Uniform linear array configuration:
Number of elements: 48
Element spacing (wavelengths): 0.25
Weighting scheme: exponential
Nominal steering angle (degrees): -15
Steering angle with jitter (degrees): -15.761
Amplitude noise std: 0.05
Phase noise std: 0.05

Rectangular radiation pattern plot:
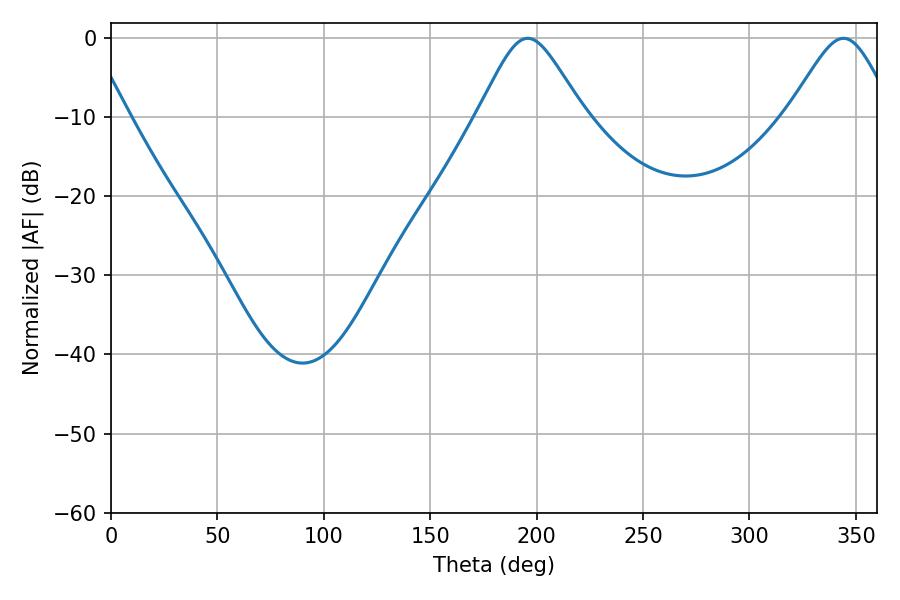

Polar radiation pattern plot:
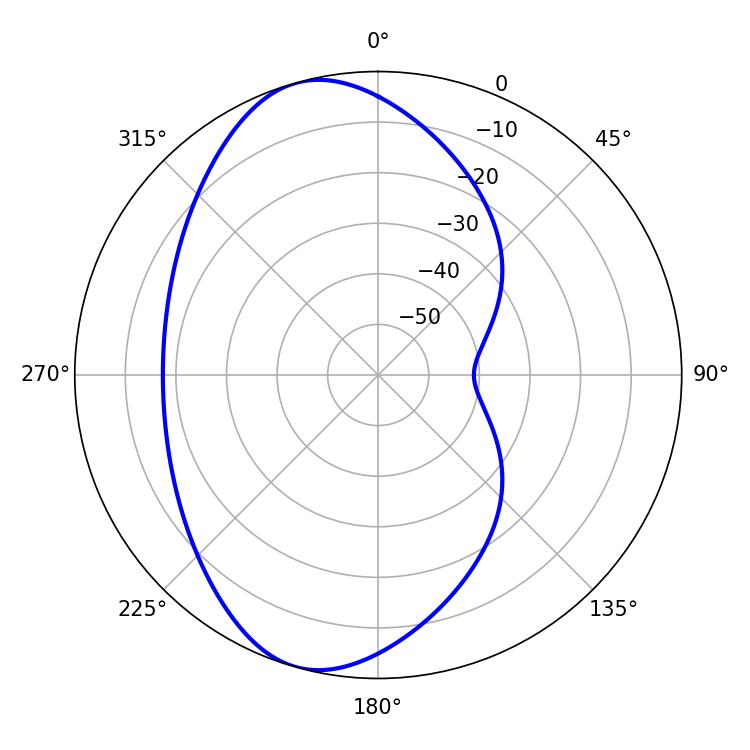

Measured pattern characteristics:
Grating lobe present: FALSE
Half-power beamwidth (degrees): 24.12
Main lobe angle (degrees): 195.84